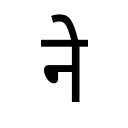
OCR:
ने